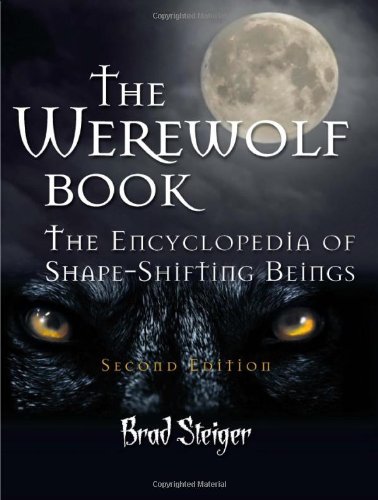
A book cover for The Werewolf Book: The Encyclopedia of Shape-Shifting Beings; Brad Steiger; Humor & Entertainment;